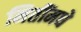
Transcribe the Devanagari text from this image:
मितींमधे